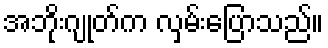
အဘိုးဂျုတ်က လှမ်းပြောသည်။